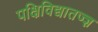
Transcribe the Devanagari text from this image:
पक्षिविद्यातज्ज्ञ